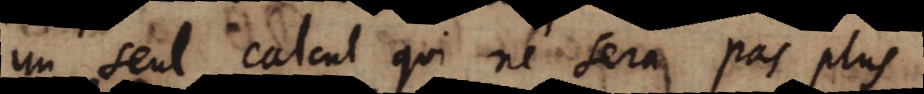
un seul calcul qui ne sera pas plus